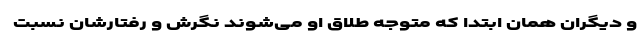
و دیگران همان ابتدا که متوجه طلاق او می‌شوند نگرش و رفتارشان نسبت